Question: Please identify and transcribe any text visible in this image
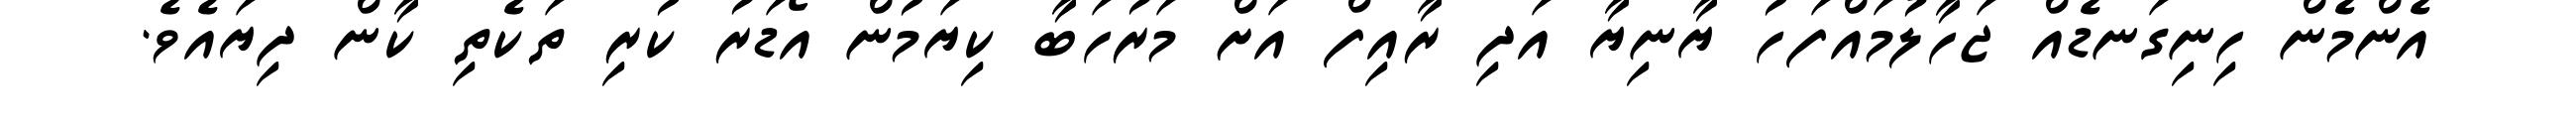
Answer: އެންމެން ހިނިގަނޑެއް ޖަހާލުމައްފަހު ޔާނިޔާ އަދި ރާއިފް އަށް މަރުހަބާ ކިޔަމުން އޯޑަރު ކުރި ތަކެތި ކާން ދިޔައެވެ.